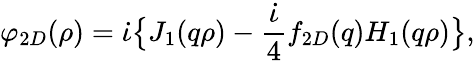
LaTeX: \varphi_{2D}(\rho)=\dot{\iota}\bigl\{ J_{1}(q\rho)-\frac{\dot{\iota}}{4}f_{2D}(\textit{q})H_{1}(q\rho)\bigl\} ,